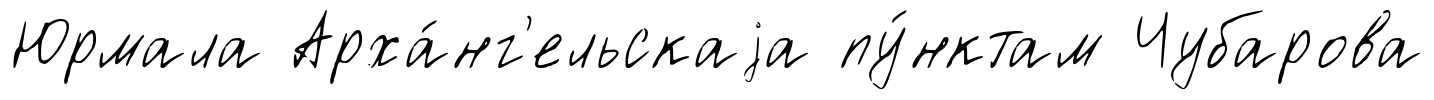
Юрмала Арха́нг'ельскаjа пу́нктам Чубарова